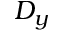
D _ { y }